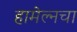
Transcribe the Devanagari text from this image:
हामेल्नचा